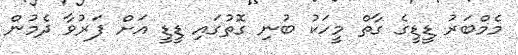
މެމްބަރު ޑީޑީގެ ގާތް މީހަކު ބުނި ގޮތުގައި ޑީޑީ އަށް ފަރުވާ ދެމުން